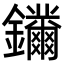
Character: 𨰛